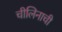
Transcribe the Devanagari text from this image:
चीलिनाची